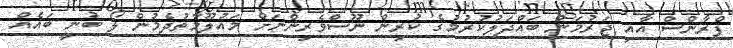
ފްރާންސް އާއި ޖަރުމަނު ބައްދަލުކުރުމުގެ ކުރިން ނޫސްވެރިންނަށް މައުލޫމާތުދެމުން ލޯ ބުނީ ބައެއް